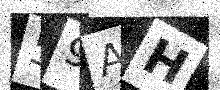
Text: 59AH